Document type: Recognition
Year: 1250
Scribe: Pere Marquès
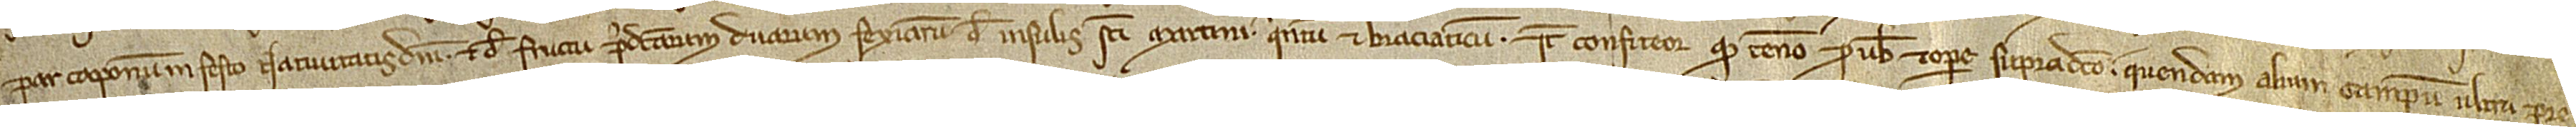
par caponum in festo Nativitatis Domini et de fructu predictarum duarum fexiarum de Insulis Sancti Martini quintum et braciaticum. Item, confiteor quod teneo pro vobis et opere supradicto quendam alium campum ultra pre-